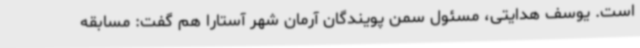
است. یوسف هدایتی، مسئول سمن پویندگان آرمان شهر آستارا هم گفت: مسابقه